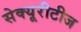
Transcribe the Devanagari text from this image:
सेक्यूरीटीज